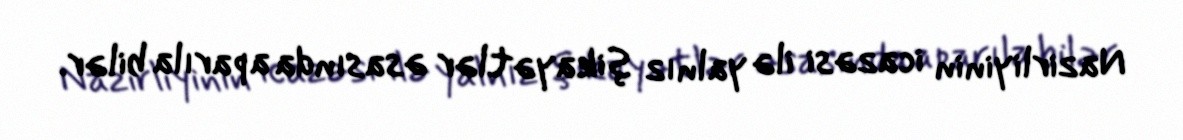
Nazirliyinin icazəsi ilə yalnız şikayətlər əsasında aparıla bilər.